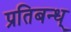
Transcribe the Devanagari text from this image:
प्रतिबन्ध्